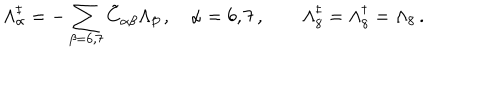
\Lambda _ { \alpha } ^ { \ddagger } = - \sum _ { \beta = 6 , 7 } \tilde { C } _ { \alpha \beta } \Lambda _ { \beta } \, , \quad \alpha = 6 , 7 \, , \quad \quad \Lambda _ { 8 } ^ { \ddagger } = \Lambda _ { 8 } ^ { \dagger } = \Lambda _ { 8 } \, .